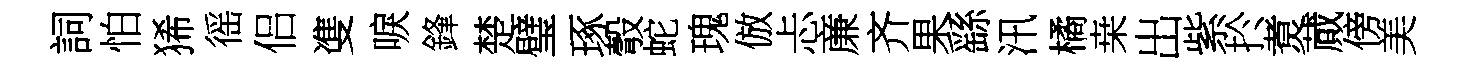
詞怕狶徭侣㕠唳鋒楚璧琢彀蛇瑰倣忐亷齐果繇汛橘桒出紫扵煑蕆傍美